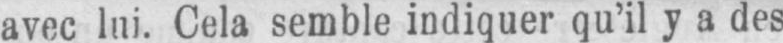
avec lui. Cela semble indiquer qu’il y a des